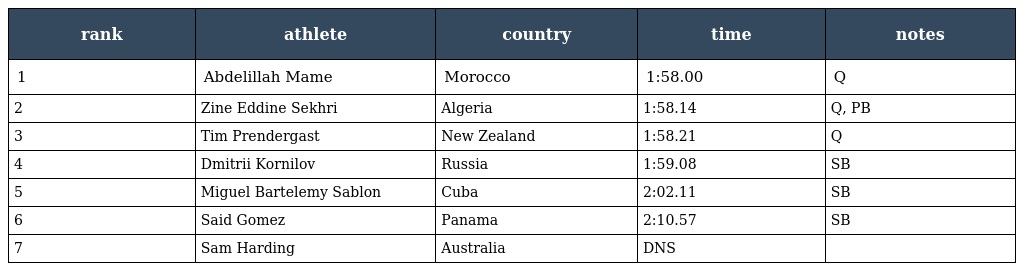
| rank | athlete | country | time | notes |
 | --- | --- | --- | --- | --- |
 | 1 | Abdelillah Mame | Morocco | 1:58.00 | Q |
 | 2 | Zine Eddine Sekhri | Algeria | 1:58.14 | Q, PB |
 | 3 | Tim Prendergast | New Zealand | 1:58.21 | Q |
 | 4 | Dmitrii Kornilov | Russia | 1:59.08 | SB |
 | 5 | Miguel Bartelemy Sablon | Cuba | 2:02.11 | SB |
 | 6 | Said Gomez | Panama | 2:10.57 | SB |
 | 7 | Sam Harding | Australia | DNS |  |